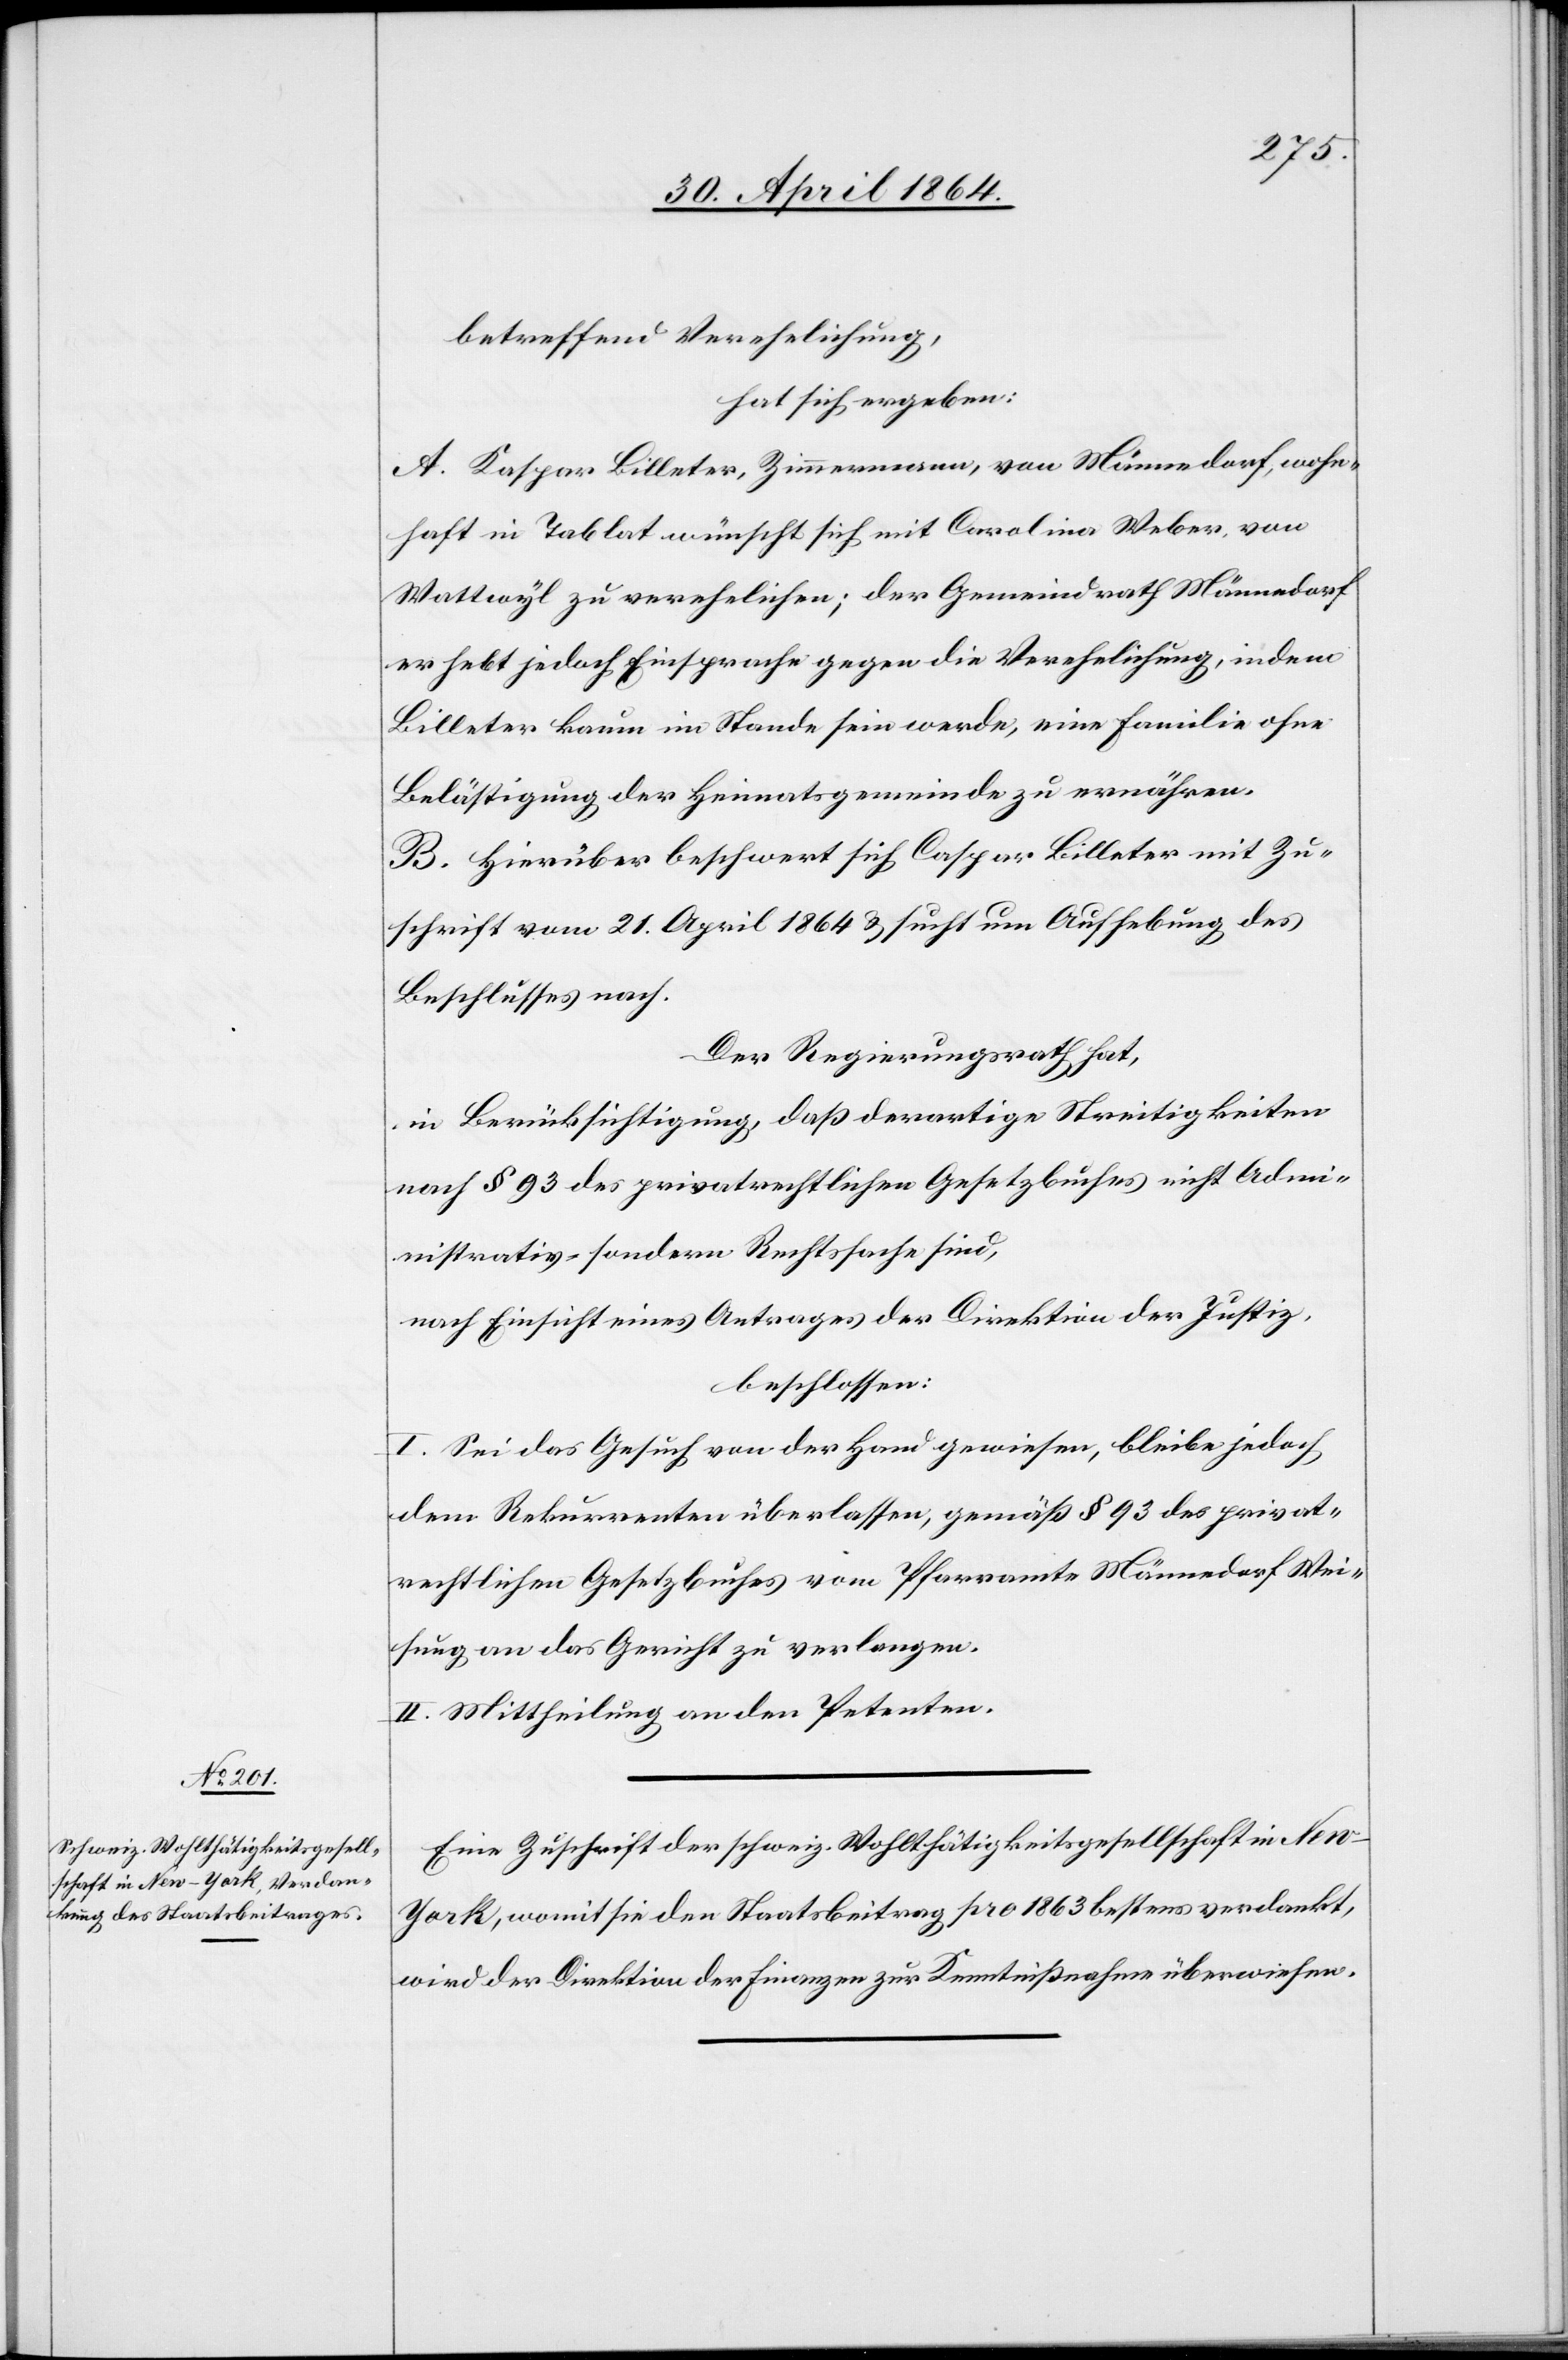
betreffend Verehelichung,
hat sich ergeben:
A. Kaspar Billeter, Zimmermann, von Männedorf, wohn¬
haft in Tablat wünscht sich mit Carolina Weber, von
Wattwyl zu verehelichen; der Gemeindrath Männedorf
erhebt jedoch Einsprache gegen die Verehelichung, indem
Billeter kaum im Stande sein werde, eine Familie ohne
Belästigung der Heimatsgemeinde zu ernähren.
B. Hierüber beschwert sich Caspar Billeter mit Zu¬
schrift vom 21. April 1864 u. sucht um Aufhebung des
Beschlusses nach.
Der Regierungsrath hat,
in Berücksichtigung, daß derartige Streitigkeiten
nach § 93 des privatrechtlichen Gesetzbuches nicht Adm¬
inistrativ- sondern Rechtssache sind,
nach Einsicht eines Antrages der Direktion der Justiz,
beschlossen:
I. Sei das Gesuch von der Hand gewiesen, bleibe jedoch
dem Rekurrenten überlassen, gemäß § 93 des privat¬
rechtlichen Gesetzbuches vom Pfarramte Männedorf Wei¬
sung an das Gericht zu verlangen.
II. Mittheilung an den Petenten.
Eine Zuschrift der schweiz. Wohltätigkeitsgesellschaft in Ne¬
w-York, womit sie den Staatsbeitrag pro 1863 bestens verdankt,
wird der Direktion der Finanzen zur Kenntnißnahme überwiesen.